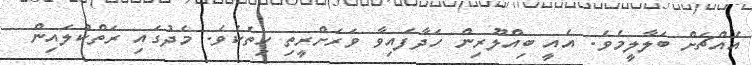
އެއްޗަށް ބަލާލީމެވެ. އެއީ ބިއްލޫރިން ހަދާފައިވާ ވަރަށްރީތި ހިތެކެވެ. މެދުގައި ރަތްކުލައިން